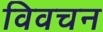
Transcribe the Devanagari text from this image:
विवचन